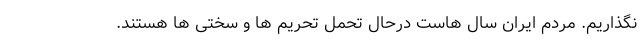
نگذاریم. مردم ایران سال هاست درحال تحمل تحریم ها و سختی ها هستند.